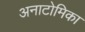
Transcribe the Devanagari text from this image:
अनाटोमिका